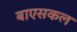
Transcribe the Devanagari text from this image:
बाएसकल